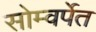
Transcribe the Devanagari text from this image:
सोम्वर्पेत